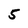
Character: 5